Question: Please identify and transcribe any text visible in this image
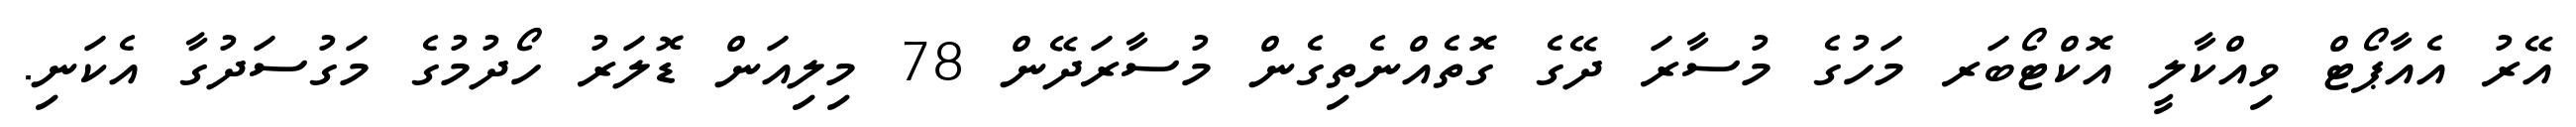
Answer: އޭރު އެއާޕޯޓް ވިއްކާލީ އޮކްޓޯބަރ މަހުގެ މުސާރަ ދޭގެ ގޮތެއްނެތިގެން މުސާރަދޭން 78 މިލިއަން ޑޮލަރު ހޯދުމުގެ މަގުސަދުގާ އެކަނި.